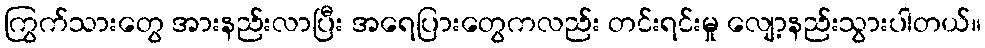
ကြွက်သားတွေ အားနည်းလာပြီး အရေပြားတွေကလည်း တင်းရင်းမှု လျော့နည်းသွားပါတယ်။